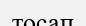
тосап